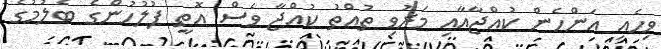
ވިހެއި އަންހެން ކުއްޖާއާއި މަރުވި ތުއްތު ކުއްޖާ ވެސް އޮތީ ފުލުހުންގެ ބެލުމުގެ